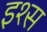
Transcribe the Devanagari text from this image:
इश्स